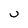
Character: U